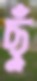
ছুঁ